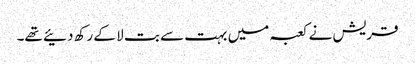
قریش نے کعبہ میں بہت سے بت لا کے رکھ دئیے تھے۔